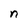
Character: n